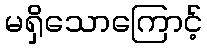
မရှိသောကြောင့်